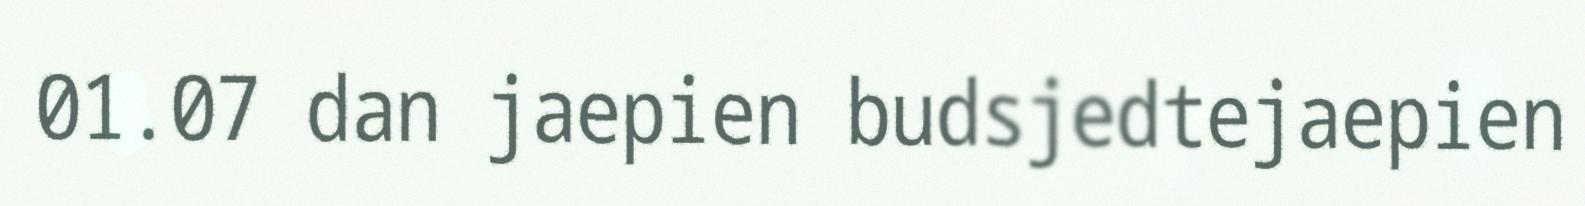
01.07 dan jaepien budsjedtejaepien